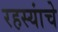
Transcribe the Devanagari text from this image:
रहस्यांचे